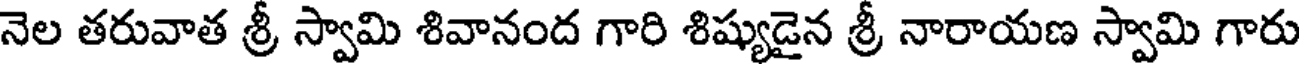
నెల తరువాత శ్రీ స్వామి శివానంద గారి శిష్యుడైన శ్రీ నారాయణ స్వామి గారు